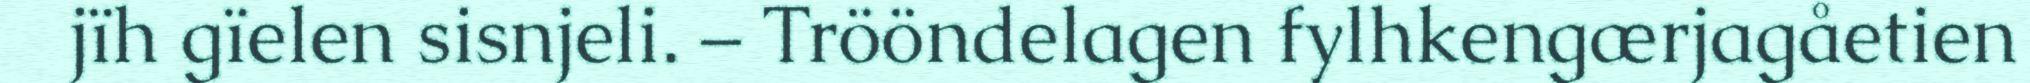
jïh gïelen sisnjeli. – Trööndelagen fylhkengærjagåetien